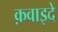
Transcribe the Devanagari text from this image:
क़वाइदे